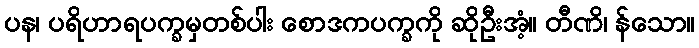
ပန၊ ပရိဟာရပက္ခမှတစ်ပါး စောဒကပက္ခကို ဆိုဦးအံ့။ တီဏိ၊ န်သော။